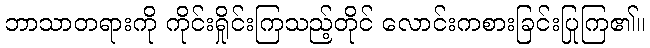
ဘာသာတရားကို ကိုင်းရှိုင်းကြသည့်တိုင် လောင်းကစားခြင်းပြုကြ၏။